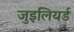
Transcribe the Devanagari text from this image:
जुइलियर्ड